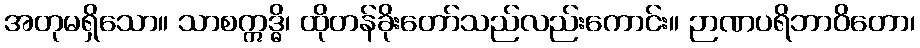
အတုမရှိသော။ သာစဣဒ္ဓိ၊ ထိုတန်ခိုးတော်သည်လည်းကောင်း။ ဉာဏပရိဘာဝိတော၊